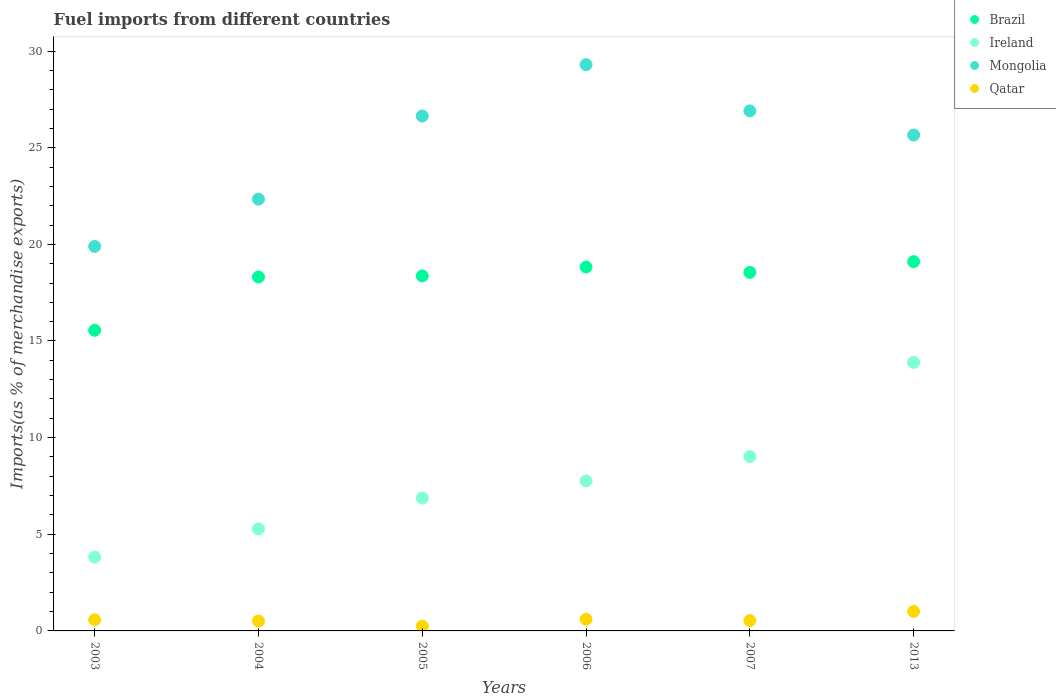
| Years | Brazil | Ireland | Mongolia | Qatar |
 | --- | --- | --- | --- | --- |
 | 2003 | 15.6 | 3.82 | 19.9 | 0.577 |
 | 2004 | 18.3 | 5.28 | 22.3 | 0.514 |
 | 2005 | 18.4 | 6.87 | 26.6 | 0.246 |
 | 2006 | 18.8 | 7.76 | 29.3 | 0.601 |
 | 2007 | 18.6 | 9.02 | 26.9 | 0.536 |
 | 2013 | 19.1 | 13.9 | 25.7 | 1.01 |